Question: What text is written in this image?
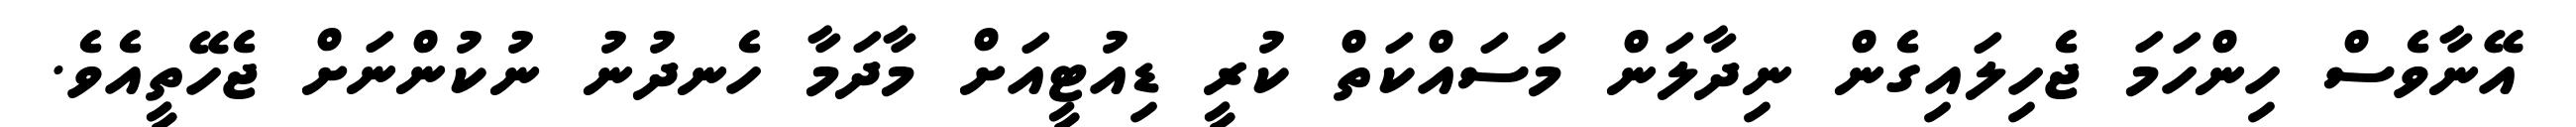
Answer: އޭނާވެސް ހިންހަމަ ޖެހިލައިގެން ނިދާލަން މަސައްކަތް ކުރީ ޑިއުޓީއަށް މާދަމާ ހެނދުނު ނުކުންނަށް ޖެހޭތީއެވެ.